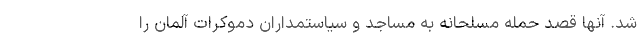
شد. آنها قصد حمله مسلحانه به مساجد و سیاستمداران دموکرات آلمان را